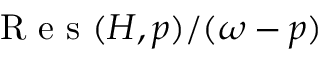
\mathrm { ~ R ~ e ~ s ~ } ( H , p ) / ( \omega - p )